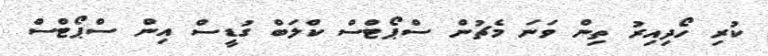
ކުރި ހޯދިއިރު ތިން ވަނަ މެޗުން ސްޕޯޓްސް ކްލަބް ގުޑީސް އިން ސްޕޯޓްްސް